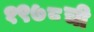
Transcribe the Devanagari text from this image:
१९७८ची